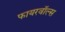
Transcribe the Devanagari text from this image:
फायरवॉल्स